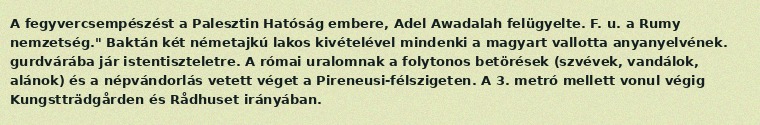
A fegyvercsempészést a Palesztin Hatóság embere, Adel Awadalah felügyelte. F. u. a Rumy nemzetség." Baktán két németajkú lakos kivételével mindenki a magyart vallotta anyanyelvének. gurdvárába jár istentiszteletre. A római uralomnak a folytonos betörések (szvévek, vandálok, alánok) és a népvándorlás vetett véget a Pireneusi-félszigeten. A 3. metró mellett vonul végig Kungstträdgården és Rådhuset irányában.